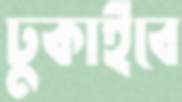
ঢুকাইবে